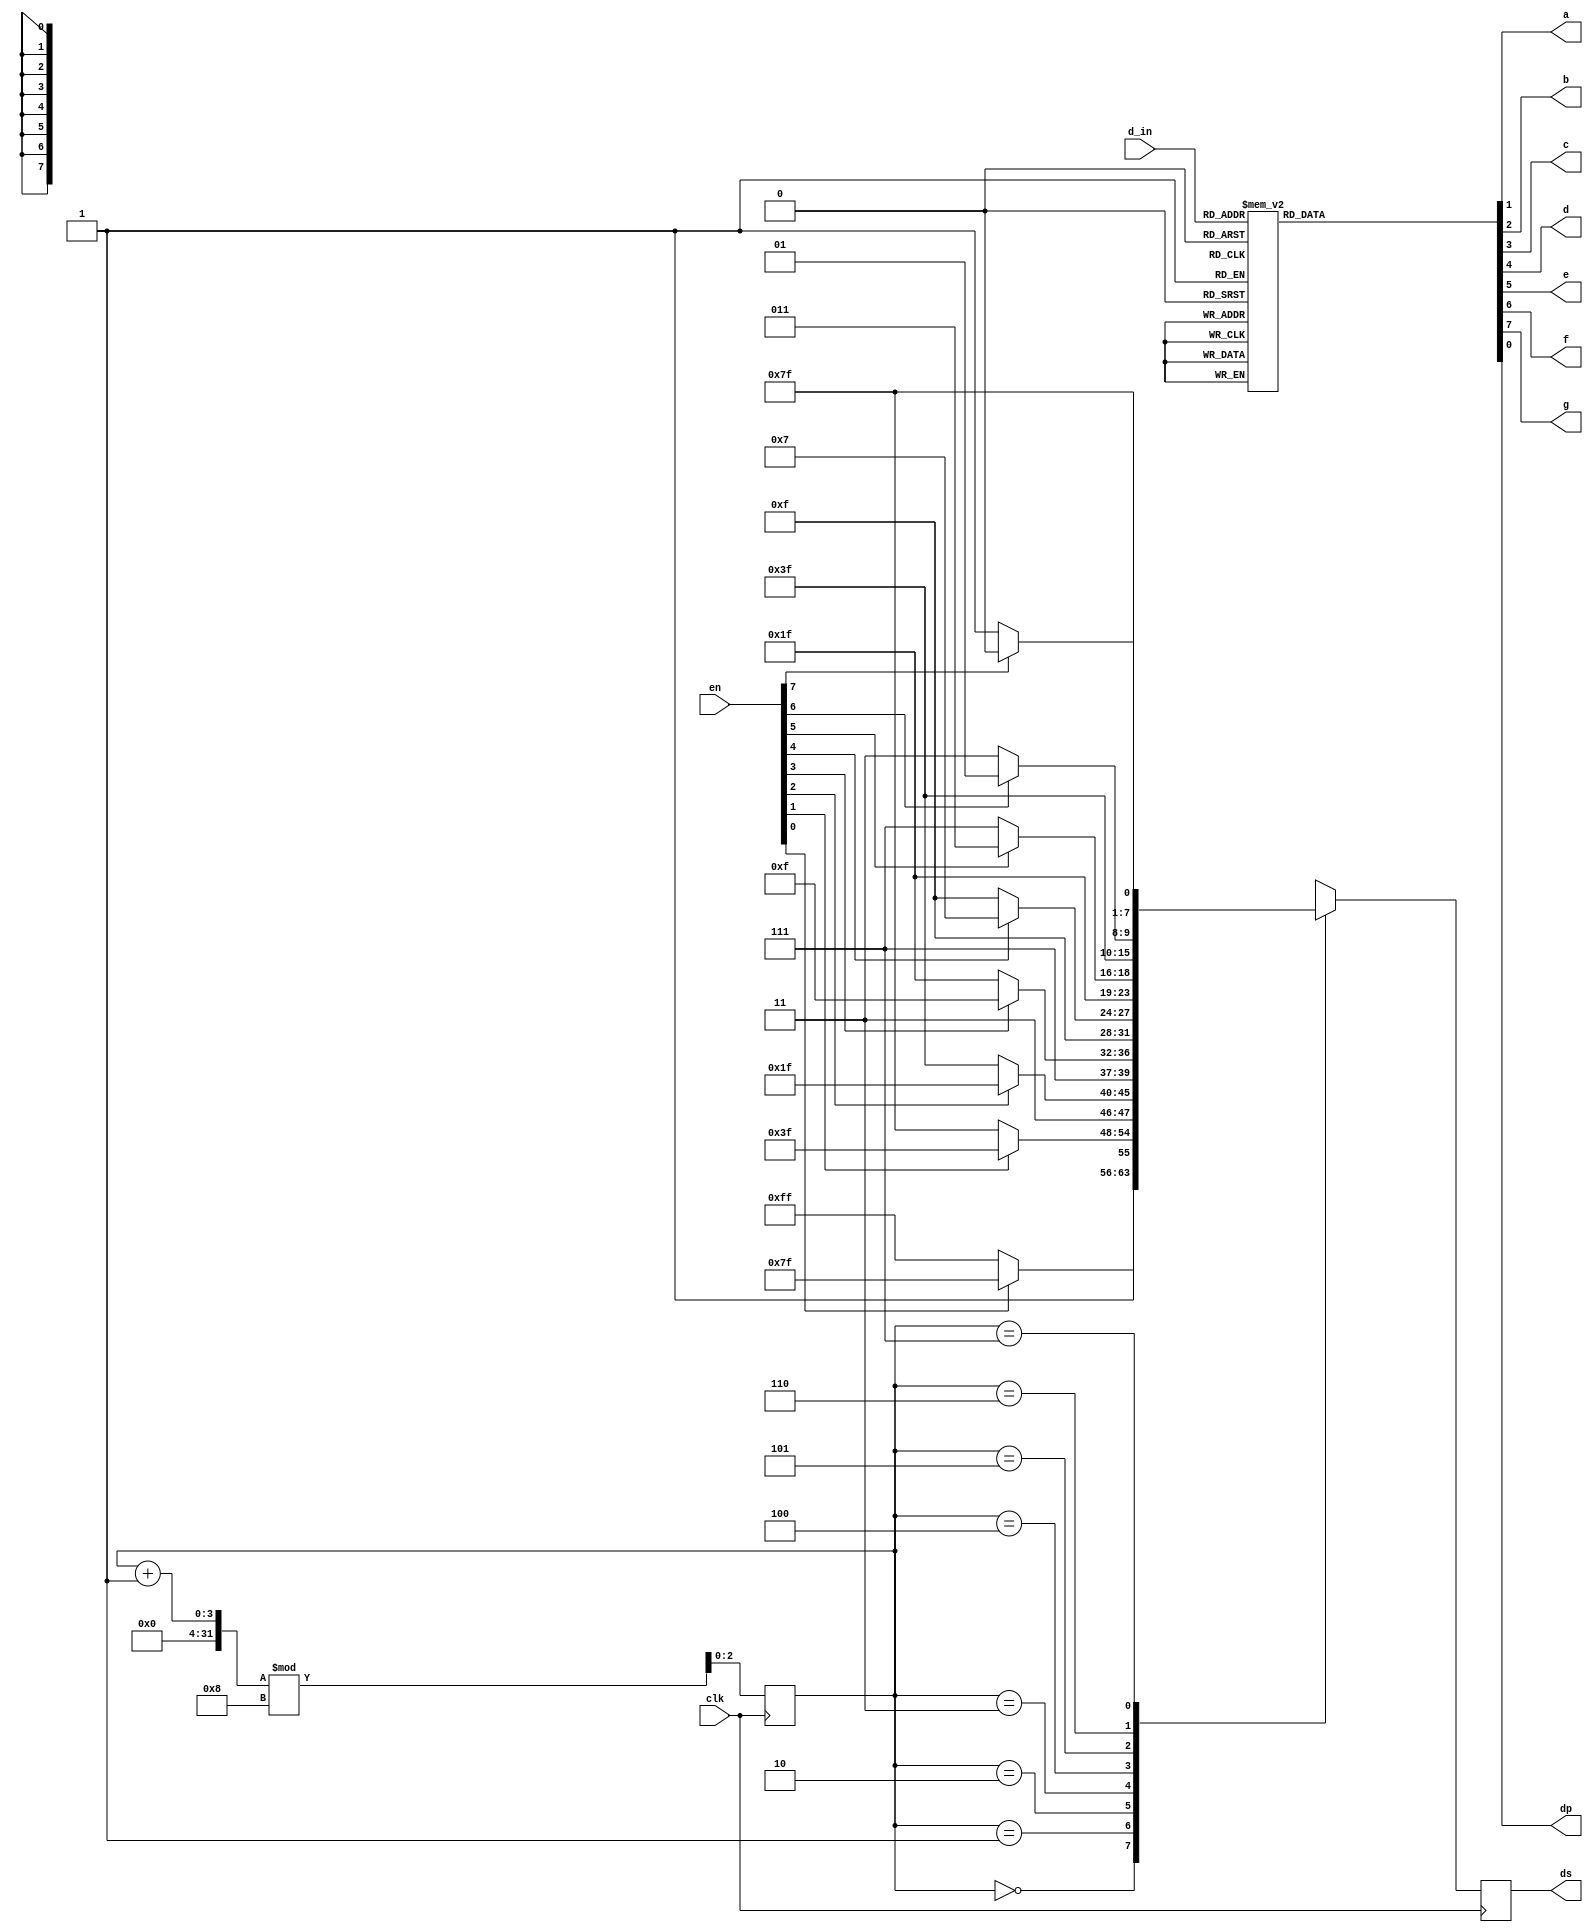
module seg(clk ,d_in,en,a,b,c,d,e,f,g,dp,ds);
input clk;
input[3:0]d_in;
input[7:0]en;//
//output ds;//
output a,b,c,d,e,f,g,dp;
output reg [7:0]ds;//dp is raiex dot dp0
reg[7:0]seg;//g,f,e,d,c,b,a,dp;

reg [2:0]count;
initial count = 0;
always@(posedge clk)
begin
 case(count)
  0:if(en[0])ds=8'b01111111;
	else ds=8'b11111111;
  1:
	if(en[1])ds=8'b10111111;
	else ds=8'b11111111;
  2:if(en[2])ds=8'b11011111;
	else ds=8'b11111111;
  3:if(en[3])ds=8'b11101111;
	else ds=8'b11111111;
  4:if(en[4])ds=8'b11110111;
	else ds=8'b11111111;
  5:if(en[5])ds=8'b11111011;
	else ds=8'b11111111;
  6:if(en[6])ds=8'b11111101;
	else ds=8'b11111111;
  7:if(en[7])ds=8'b11111110;
	else ds=8'b11111111;
 endcase
 count=(count+1)%8;
end

//
always @(d_in)
	case(d_in)
		4'b0000:seg=8'b01111110;//0
		4'b0001:seg=8'b00001100;//1
		4'b0010:seg=8'b10110110;//2
		4'b0011:seg=8'b10011110;//3
		4'b0100:seg=8'b11001100;//4
		4'b0101:seg=8'b11011010;//5
		4'b0110:seg=8'b11111010;//6
		4'b0111:seg=8'b00001110;//7
		4'b1000:seg=8'b11111110;//8
		4'b1001:seg=8'b11011110;//9
		4'b1010:seg=8'b11101110;//a
		4'b1011:seg=8'b11111000;//b
		4'b1100:seg=8'b01110010;//c
		4'b1101:seg=8'b10111100;//d
		4'b1110:seg=8'b11110010;//e
		4'b1111:seg=8'b11100010;//f
		default:seg=8'b00000000;//
	endcase
assign a=seg[1];
assign b=seg[2];
assign c=seg[3];
assign d=seg[4];
assign e=seg[5];
assign f=seg[6];
assign g=seg[7];
assign dp=seg[0]; 

endmodule